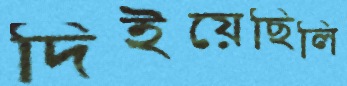
দিইয়েছিলি